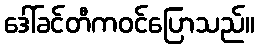
ဒေါ်ခင်တီကဝင်ပြောသည်။